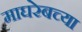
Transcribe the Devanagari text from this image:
माघरेबच्या